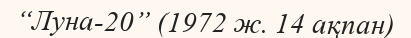
“Луна-20” (1972 ж. 14 ақпан)